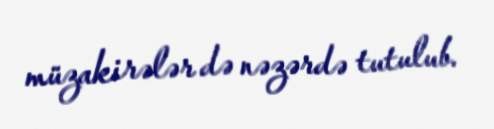
müzakirələr də nəzərdə tutulub.